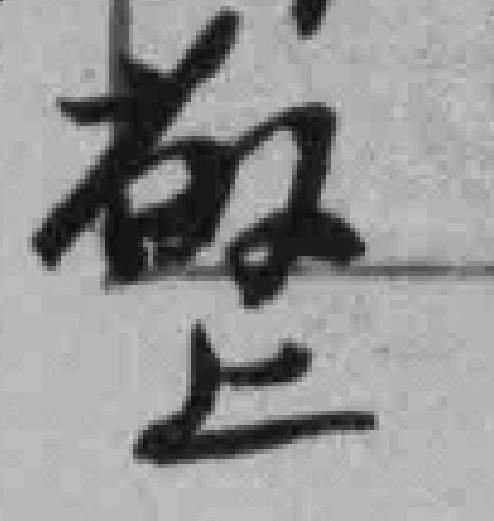
敬上